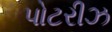
પોટરીઝ